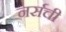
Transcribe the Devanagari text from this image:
नर्सची